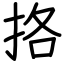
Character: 挌